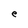
Character: e